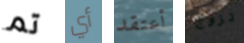
تم أي أعتقد تزوج